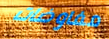
مفاوضات